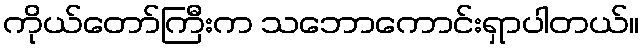
ကိုယ်တော်ကြီးက သဘောကောင်းရှာပါတယ်။